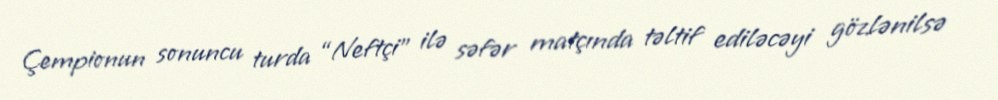
Çempionun sonuncu turda “Neftçi” ilə səfər matçında təltif ediləcəyi gözlənilsə